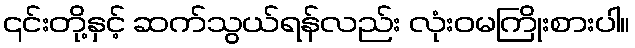
၎င်းတို့နှင့် ဆက်သွယ်ရန်လည်း လုံးဝမကြိုးစားပါ။